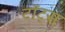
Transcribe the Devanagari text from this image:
टॉट्स